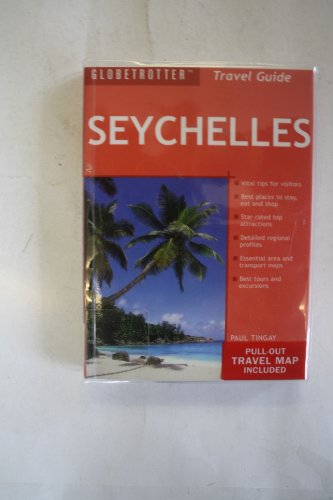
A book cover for Seychelles (Globetrotter Travel Guide); PAUL TINGAY; Travel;